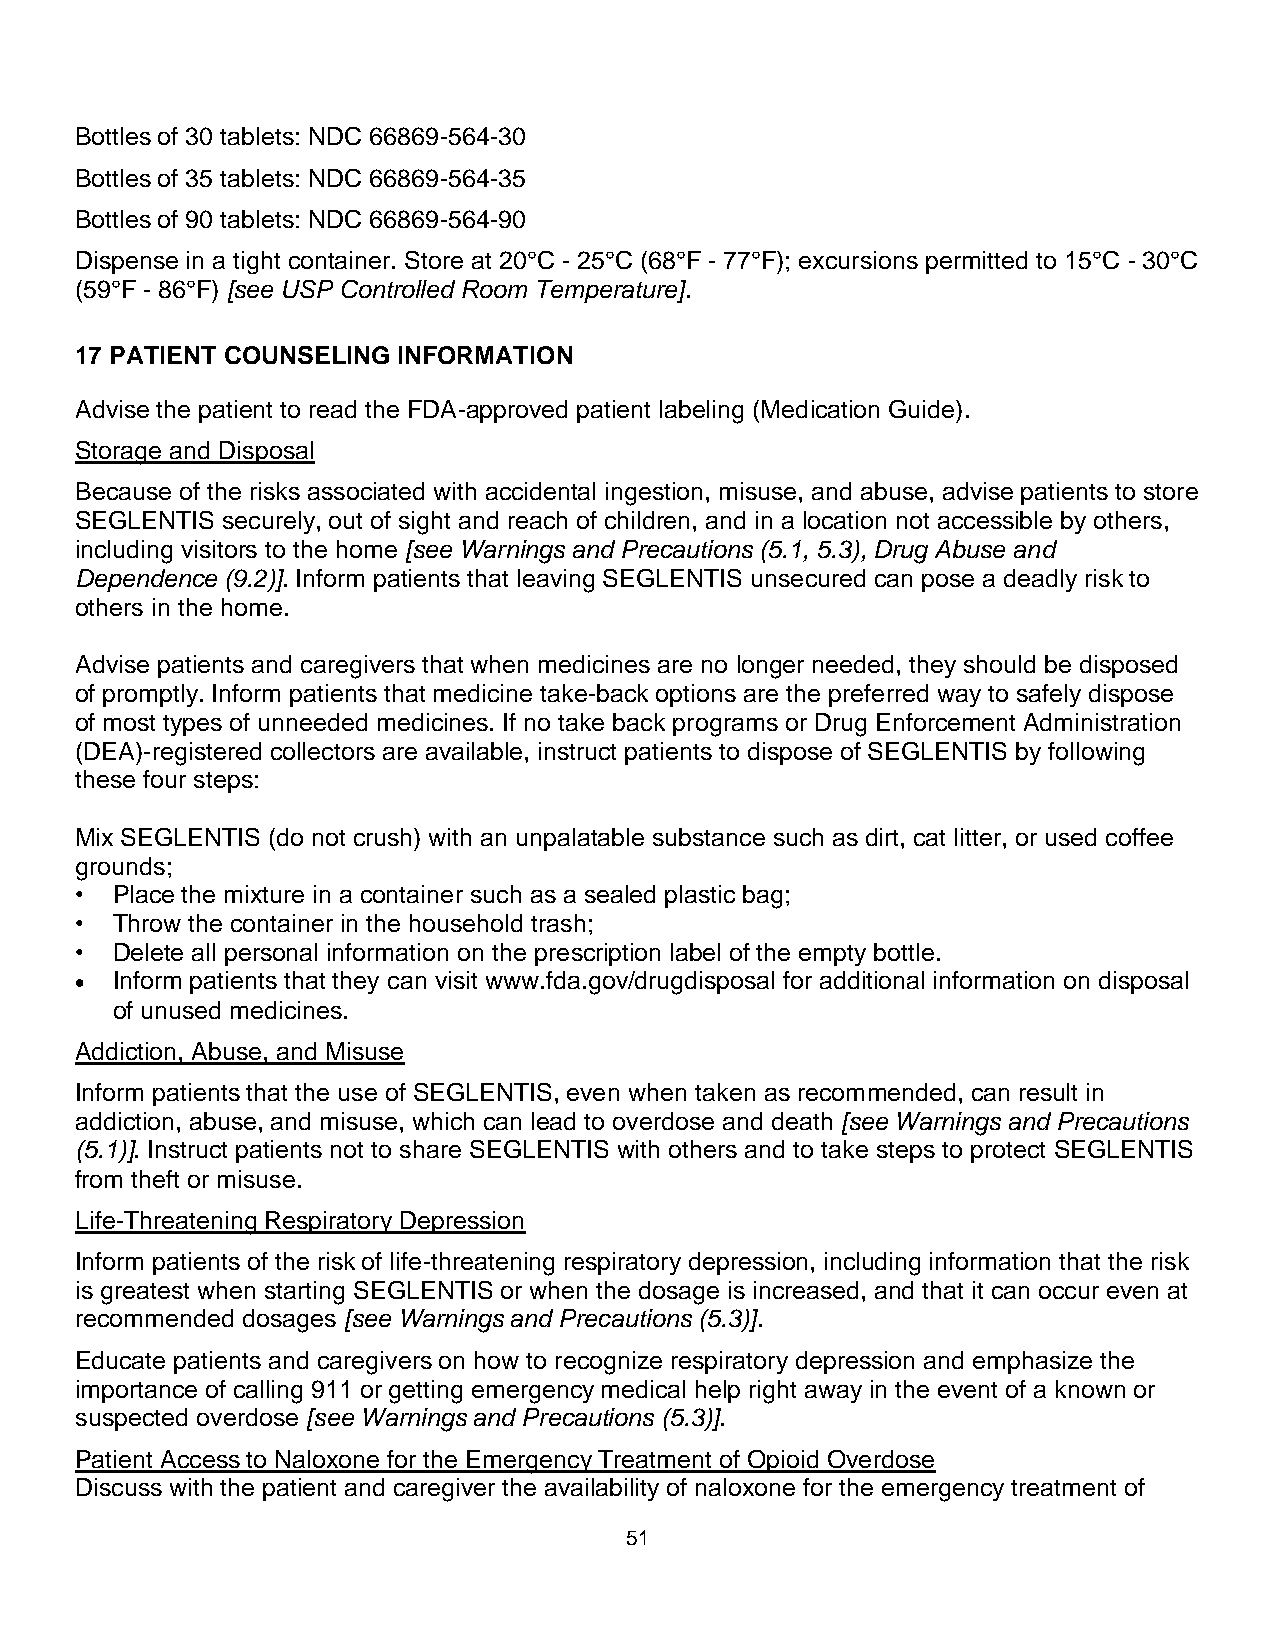
Bottles of 30 tablets: NDC 66869-564-30
 Bottles of 35 tablets: NDC 66869-564-35
 Bottles of 90 tablets: NDC 66869-564-90
 Dispense in a tight container. Store at 20°C - 25°C (68°F - 77°F); excursions permitted to 15°C - 30°C
 (59°F - 86°F) [see USP Controlled Room Temperature].
 17 PATIENT COUNSELING INFORMATION
 Advise the patient to read the FDA-approved patient labeling (Medication Guide).
 Storage and Disposal
 Because of the risks associated with accidental ingestion, misuse, and abuse, advise patients to store
 SEGLENTIS securely, out of sight and reach of children, and in a location not accessible by others,
 including visitors to the home [see Warnings and Precautions (5.1, 5.3), Drug Abuse and
 Dependence (9.2)]. Inform patients that leaving SEGLENTIS unsecured can pose a deadly risk to
 others in the home.
 Advise patients and caregivers that when medicines are no longer needed, they should be disposed
 of promptly. Inform patients that medicine take-back options are the preferred way to safely dispose
 of most types of unneeded medicines. If no take back programs or Drug Enforcement Administration
 (DEA)-registered collectors are available, instruct patients to dispose of SEGLENTIS by following
 these four steps:
 Mix SEGLENTIS (do not crush) with an unpalatable substance such as dirt, cat litter, or used coffee
 grounds;
 • Place the mixture in a container such as a sealed plastic bag;
 • Throw the container in the household trash;
 • Delete all personal information on the prescription label of the empty bottle.
 • Inform patients that they can visit www.fda.gov/drugdisposal for additional information on disposal
 of unused medicines.
 Addiction, Abuse, and Misuse
 Inform patients that the use of SEGLENTIS, even when taken as recommended, can result in
 addiction, abuse, and misuse, which can lead to overdose and death [see Warnings and Precautions
 (5.1)]. Instruct patients not to share SEGLENTIS with others and to take steps to protect SEGLENTIS
 from theft or misuse.
 Life-Threatening Respiratory Depression
 Inform patients of the risk of life-threatening respiratory depression, including information that the risk
 is greatest when starting SEGLENTIS or when the dosage is increased, and that it can occur even at
 recommended dosages [see Warnings and Precautions (5.3)].
 Educate patients and caregivers on how to recognize respiratory depression and emphasize the
 importance of calling 911 or getting emergency medical help right away in the event of a known or
 suspected overdose [see Warnings and Precautions (5.3)].
 Patient Access to Naloxone for the Emergency Treatment of Opioid Overdose
 Discuss with the patient and caregiver the availability of naloxone for the emergency treatment of
 51